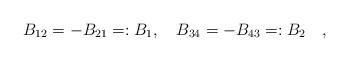
LaTeX: \begin{align*}B_{12}=-B_{21}=:B_1, \quad B_{34}=-B_{43}=:B_2 \quad ,\end{align*}